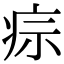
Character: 𤵫